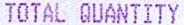
TOTAL QUANTITY